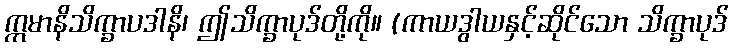
ဣမာနိသိက္ခာပဒါနိ၊ ဤသိက္ခာပုဒ်တို့ကို။ (ကာယဒွါယနှင့်ဆိုင်သော သိက္ခာပုဒ်